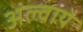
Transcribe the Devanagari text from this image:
अल्वाये